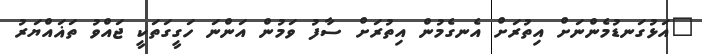
"އަޅުގަނޑުމެންނަށް އިތުރަށް އެނގެމުން އިތުރަށް ސާފު ވަމުން އަންނަ ހަގީގަތަކީ ޖައްވު ތަޣައްޔަރު